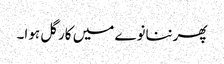
پھرننانوے میں کارگل ہوا۔